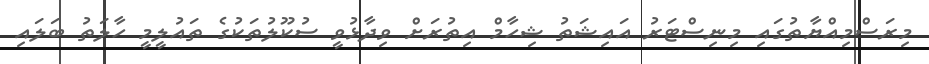
މިރަސްމިއްޔާތުގައި މިނިސްޓަރު އައިޝަތު ޝިހާމް އިތުރަށް ވިދާޅުވީ ސުކޫލުތަކުގެ ތައުލީމީ ހާލަތު ބަލައި